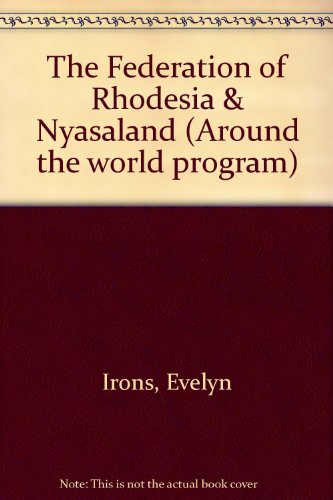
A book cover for The Federation of Rhodesia & Nyasaland (Around the world program); Evelyn Irons; Travel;